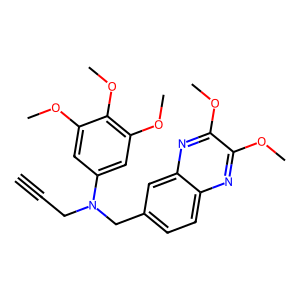
SMILES: C#CCN(Cc1ccc2nc(OC)c(OC)nc2c1)c1cc(OC)c(OC)c(OC)c1
Inhibits HIV replication: No